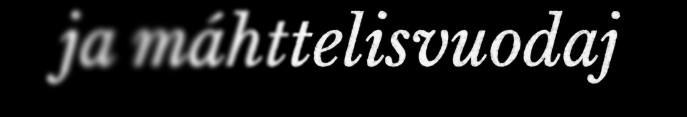
ja máhttelisvuodaj